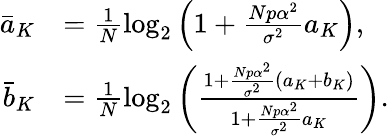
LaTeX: \begin{array}{rl}{\bar{a}_{K}}&{=\frac{1}{N}\mathrm{log}_{2}\left(1+\frac{Np\alpha^{2}}{\sigma^{2}}a_{K}\right),}\\ {\bar{b}_{K}}&{=\frac{1}{N}\mathrm{log}_{2}\left(\frac{1+\frac{Np\alpha^{2}}{\sigma^{2}}\left(a_{K}+b_{K}\right)}{1+\frac{Np\alpha^{2}}{\sigma^{2}}a_{K}}\right).}\end{array}